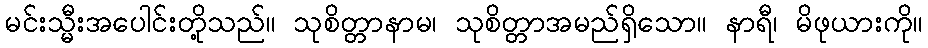
မင်းသ္မီးအပေါင်းတို့သည်။ သုစိတ္တာနာမ၊ သုစိတ္တာအမည်ရှိသော။ နာရီ၊ မိဖုယားကို။